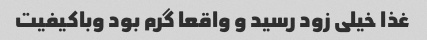
غذا خیلی زود رسید و واقعا گرم بود وباکیفیت